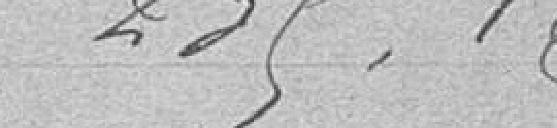
235,16